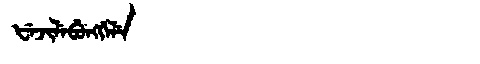
Manchu: ᡶᡝᠵᡳᠯᡝᠪᡠᠩᡤᡝᠯᡝ
Romanization: FEJILEBUNGGELE